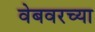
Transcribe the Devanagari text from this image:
वेबवरच्या